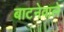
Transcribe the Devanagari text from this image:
बाटनेवाले